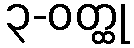
၃-ဝတ္ထု